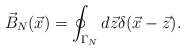
LaTeX: \begin{align*}\vec{B}_N(\vec{x})=\oint_{\Gamma_N} d\vec{z}\delta (\vec{x}-\vec{z}).\end{align*}